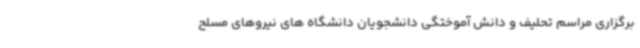
برگزاری مراسم تحلیف و دانش آموختگی دانشجویان دانشگاه های نیروهای مسلح